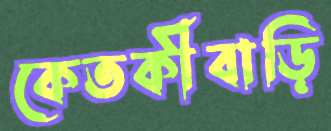
কেতকীবাড়ি